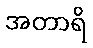
အတာရိ